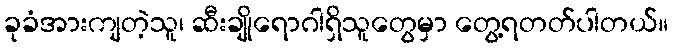
ခုခံအားကျတဲ့သူ၊ ဆီးချိုရောဂါရှိသူတွေမှာ တွေ့ရတတ်ပါတယ်။